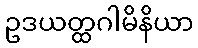
ဥဒယတ္ထဂါမိနိယာ